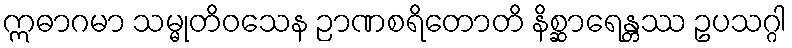
ဣဓာဂမာ သမ္မုတိဝသေန ဉာဏစရိတောတိ နိစ္ဆာရေန္တဿ ဥပသဂ္ဂါ